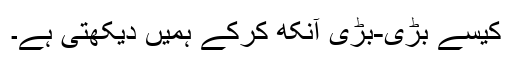
کیسے بڑی-بڑی آنکھ کرکے ہمیں دیکھتی ہے۔